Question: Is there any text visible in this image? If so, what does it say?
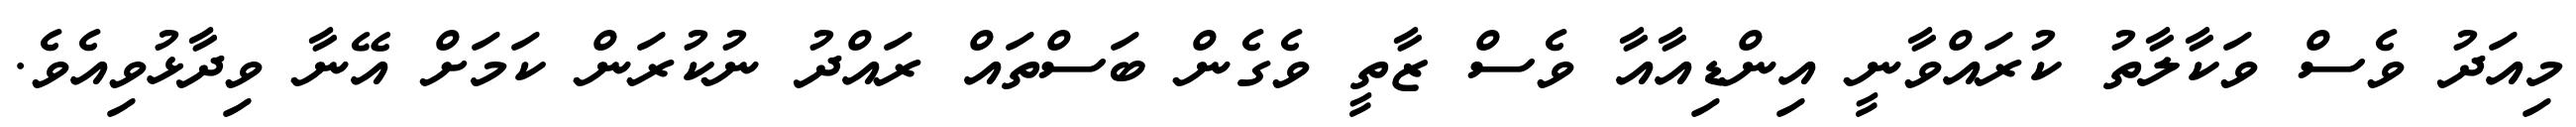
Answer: މިއަދު ވެސް ވަކާލާތު ކުރައްވާނީ އިންޑިއާއާ ވެސް ޒާތީ ވެގެން ބަސްތައް ރައްދު ނުކުރަން ކަމަށް އޭނާ ވިދާޅުވިއެވެ.